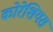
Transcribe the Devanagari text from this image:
कोरेशियस